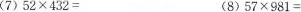
(7)$$5 2 \times 4 3 2 =$$ (8)$$5 7 \times 9 8 1 =$$